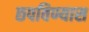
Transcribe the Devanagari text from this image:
छपविण्यास